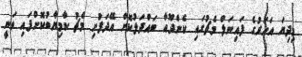
މިދިޔަ އަހަރުގެ ފައިނަލް މެޗުގައި ކެންދޫއާ ބައްދަލުކޮށް އޭދަފުށި މެޗު ކާމިޔާބުކޮށްފައި ވަނީ